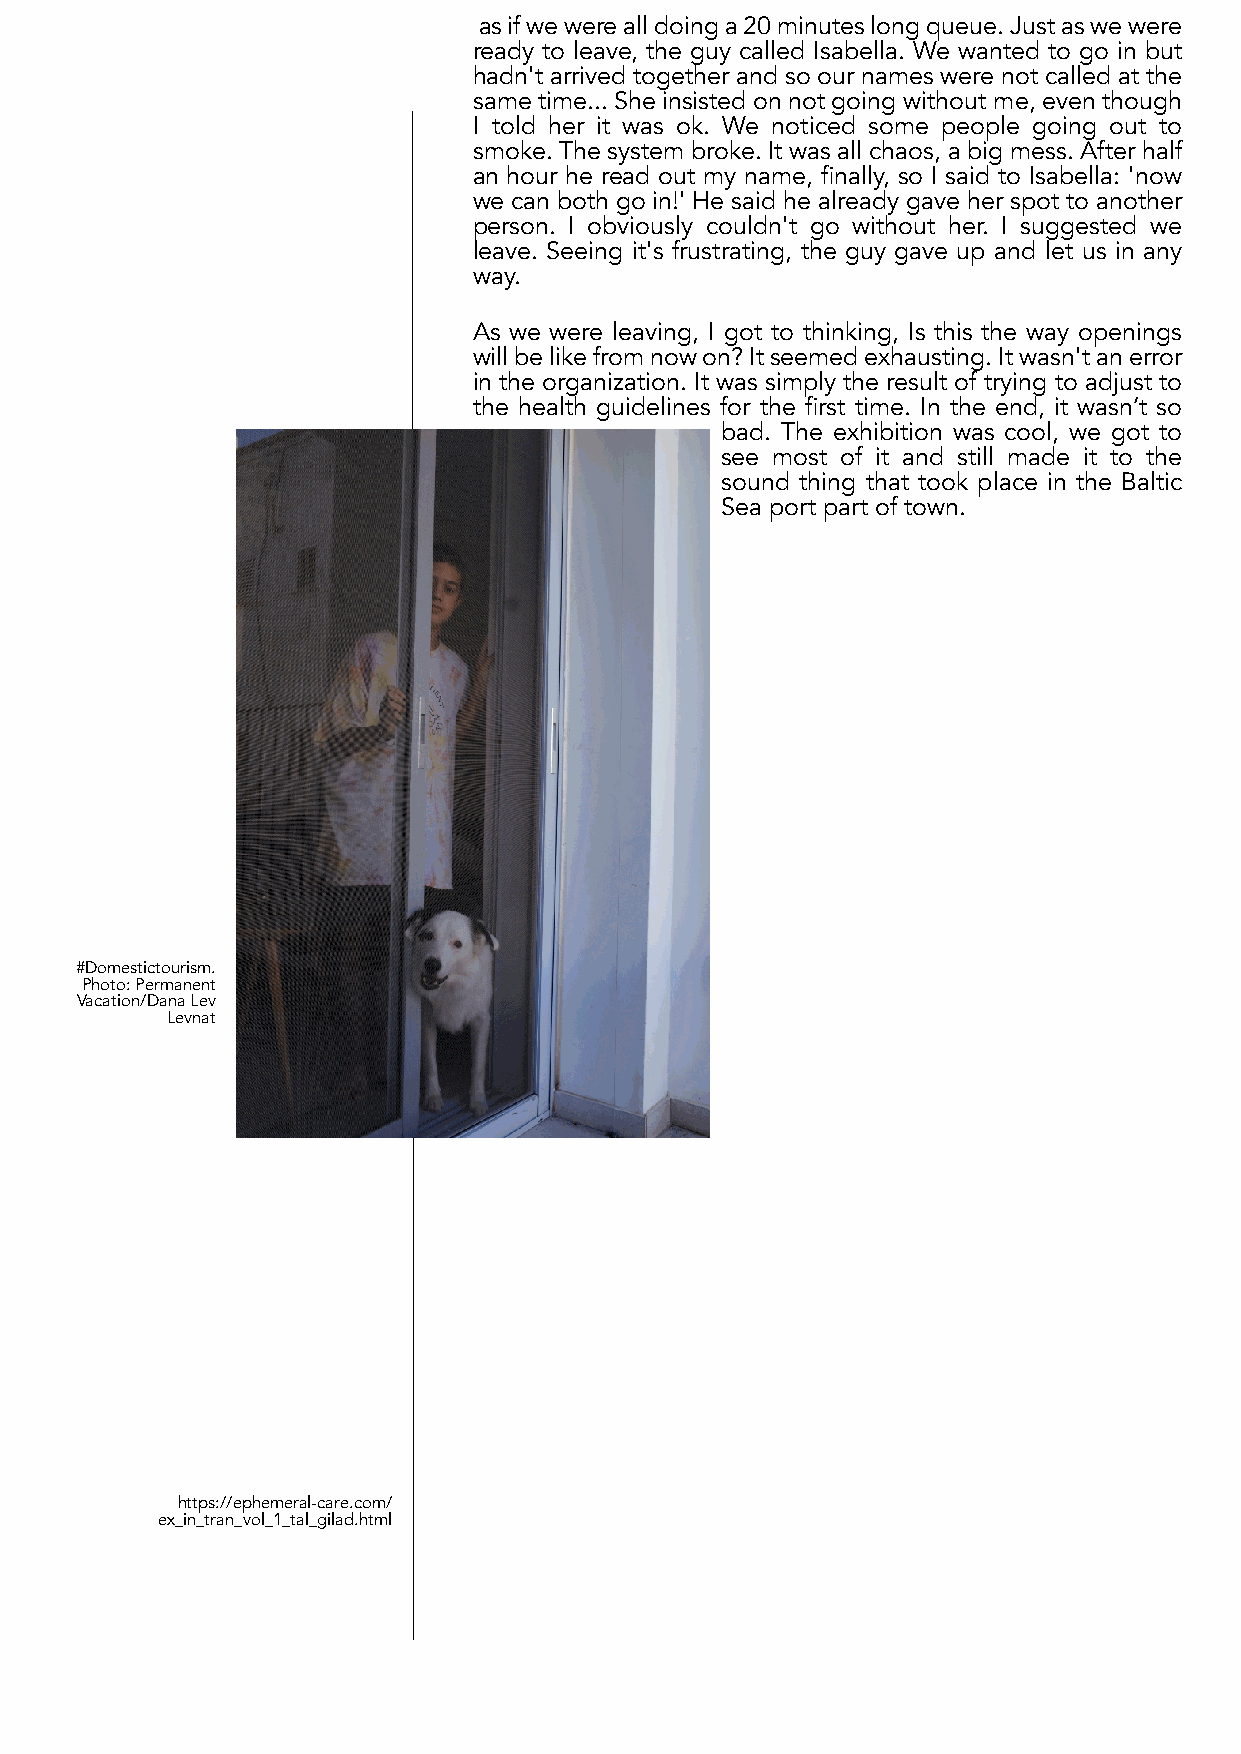
asifwewerealldoinga20minuteslongqueue.Justaswewere
 ready to leave, the guy called Isabella. We wanted to go in but
 hadn't arrived together and so our names were not called at the
 same time... She insisted on not going without me, even though
 I told her it was ok. We noticed some people going out to
 smoke. The system broke. It was all chaos, a big mess. After half
 an hour he read out my name, finally, so I said to Isabella: 'now
 we can both go in!' He said he already gave her spot to another
 person. I obviously couldn't go without her. I suggested we
 leave. Seeing it's frustrating, the guy gave up and let us in any
 way.
 As we were leaving, I got to thinking, Is this the way openings
 willbelikefromnowon?Itseemedexhausting.Itwasn'tanerror
 in the organization. It was simply the result of trying to adjust to
 the health guidelines for the first time. In the end, it wasn’t so
 bad. The exhibition was cool, we got to
 see most of it and still made it to the
 sound thing that took place in the Baltic
 Sea port part of town.
 #Domestictourism.
 Photo:Permanent
 Vacation/DanaLev
 Levnat
 https://ephemeral-care.com/
 ex_in_tran_vol_1_tal_gilad.html